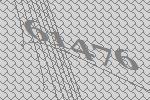
61476